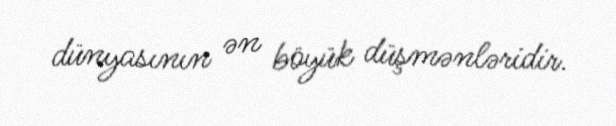
dünyasının ən böyük düşmənləridir.